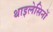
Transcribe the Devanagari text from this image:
थाइलेसिनों